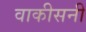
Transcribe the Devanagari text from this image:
वाकीसनी